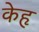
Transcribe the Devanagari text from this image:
केहृ